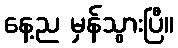
နေ့ည မှန်သွားပြီ။